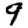
Digit: 9